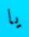
يا